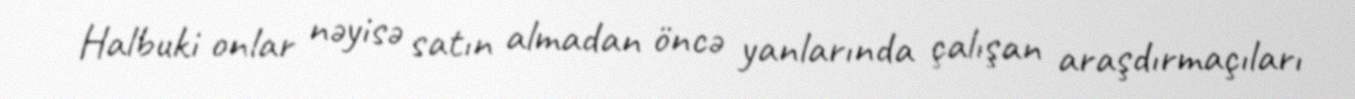
Halbuki onlar nəyisə satın almadan öncə yanlarında çalışan araşdırmaçıları